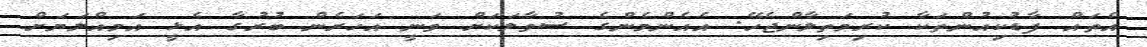
އެތައް ފާޑުކިއުންތަކާ ކުރިމަތިލާންޖެހޭ. އެއެންމެންގެ ސުވާލަކަށް ވަނީ އަހަރެން ބުރުގާ އެޅީ އަމިއްލަޔަށް